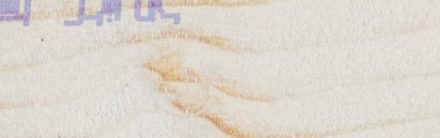
توصيل طلبات الوجبات السري